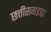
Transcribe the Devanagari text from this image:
छत्तीसगडचा